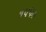
૧૫૫૦